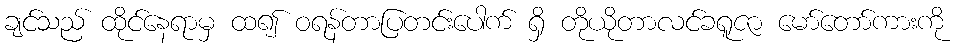
ချင်သည် ထိုင်နေရာမှ ထ၍ ဝရန်တာပြတင်းပေါက် ရှိ တိုယိုတာလင်ခရူဇာ မော်တော်ကားကို